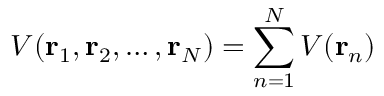
V ( \mathbf { r } _ { 1 } , \mathbf { r } _ { 2 } , \ldots , \mathbf { r } _ { N } ) = \sum _ { n = 1 } ^ { N } V ( \mathbf { r } _ { n } )